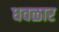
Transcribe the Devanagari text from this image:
धवळार